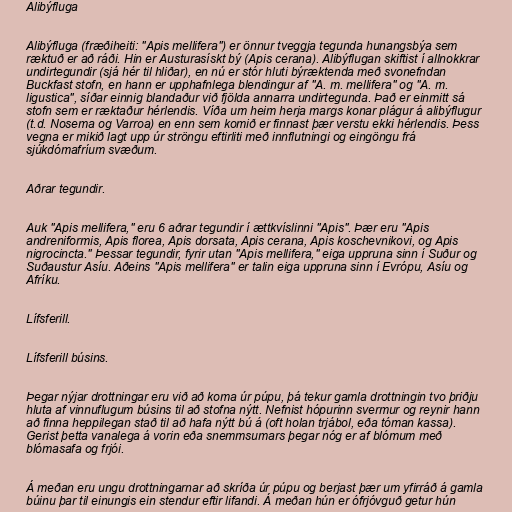
Alibýfluga

Alibýfluga (fræðiheiti: "Apis mellifera") er önnur tveggja tegunda hunangsbýa sem
ræktuð er að ráði. Hin er Austurasískt bý (Apis cerana). Alibýflugan skiftist í allnokkrar
undirtegundir (sjá hér til hliðar), en nú er stór hluti býræktenda með svonefndan
Buckfast stofn, en hann er upphafnlega blendingur af "A. m. mellifera" og "A. m.
ligustica", síðar einnig blandaður við fjölda annarra undirtegunda. Það er einmitt sá
stofn sem er ræktaður hérlendis. Víða um heim herja margs konar plágur á alibýflugur
(t.d. Nosema og Varroa) en enn sem komið er finnast þær verstu ekki hérlendis. Þess
vegna er mikið lagt upp úr ströngu eftirliti með innflutningi og eingöngu frá
sjúkdómafríum svæðum.

Aðrar tegundir.

Auk "Apis mellifera," eru 6 aðrar tegundir í ættkvíslinni "Apis". Þær eru "Apis
andreniformis, Apis florea, Apis dorsata, Apis cerana, Apis koschevnikovi, og Apis
nigrocincta." Þessar tegundir, fyrir utan "Apis mellifera," eiga uppruna sinn í Suður og
Suðaustur Asíu. Aðeins "Apis mellifera" er talin eiga uppruna sinn í Evrópu, Asíu og
Afríku.

Lífsferill.

Lífsferill búsins.

Þegar nýjar drottningar eru við að koma úr púpu, þá tekur gamla drottningin tvo þriðju
hluta af vinnuflugum búsins til að stofna nýtt. Nefnist hópurinn svermur og reynir hann
að finna heppilegan stað til að hafa nýtt bú á (oft holan trjábol, eða tóman kassa).
Gerist þetta vanalega á vorin eða snemmsumars þegar nóg er af blómum með
blómasafa og frjói.

Á meðan eru ungu drottningarnar að skríða úr púpu og berjast þær um yfirráð á gamla
búinu þar til einungis ein stendur eftir lifandi. Á meðan hún er ófrjóvguð getur hún